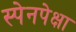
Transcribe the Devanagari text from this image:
स्पेनपेक्षा